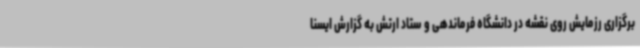
برگزاری رزمایش روی نقشه در دانشگاه فرماندهی و ستاد ارتش به گزارش ایسنا